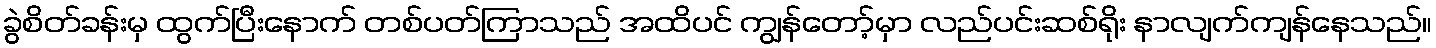
ခွဲစိတ်ခန်းမှ ထွက်ပြီးနောက် တစ်ပတ်ကြာသည် အထိပင် ကျွန်တော့်မှာ လည်ပင်းဆစ်ရိုး နာလျက်ကျန်နေသည်။